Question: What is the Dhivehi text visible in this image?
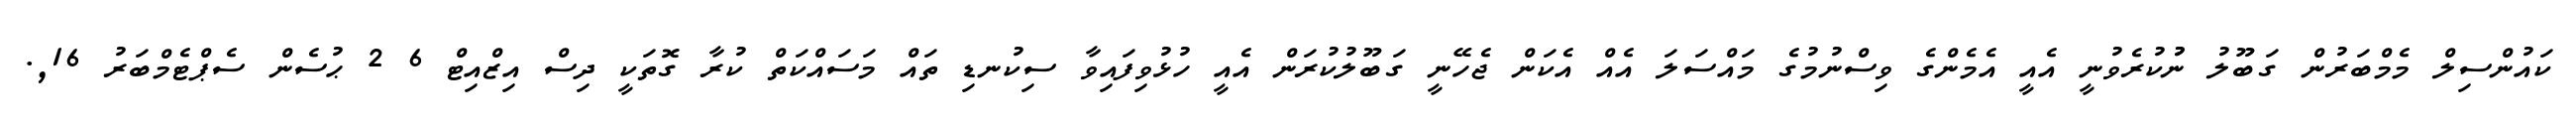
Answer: ކައުންސިލް މެމްބަރުން ގަބޫލު ނުުކުރެވުނީ އެއީ އެމެންގެ ވިސްނުމުގެ މައްސަލަ އެއް އެކަން ޖެހޭނީ ގަބޫލުކުރަން އެއީ ހުޅުވިފައިވާ ސިކުނޑި ތައް މަސައްކަތް ކުރާ ގޮތަކީ ދިސް އިޒްއިޓް 6 2 ޙުސެން ސެޕްޓެމްބަރު 16,.